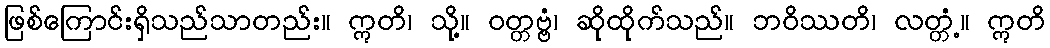
ဖြစ်ကြောင်းရှိသည်သာတည်း။ ဣတိ၊ သို့။ ဝတ္တဗ္ဗံ၊ ဆိုထိုက်သည်။ ဘဝိဿတိ၊ လတ္တံ့။ ဣတိ